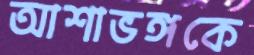
আশাভঙ্গকে